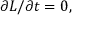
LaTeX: \partial L / \partial t = 0 ,